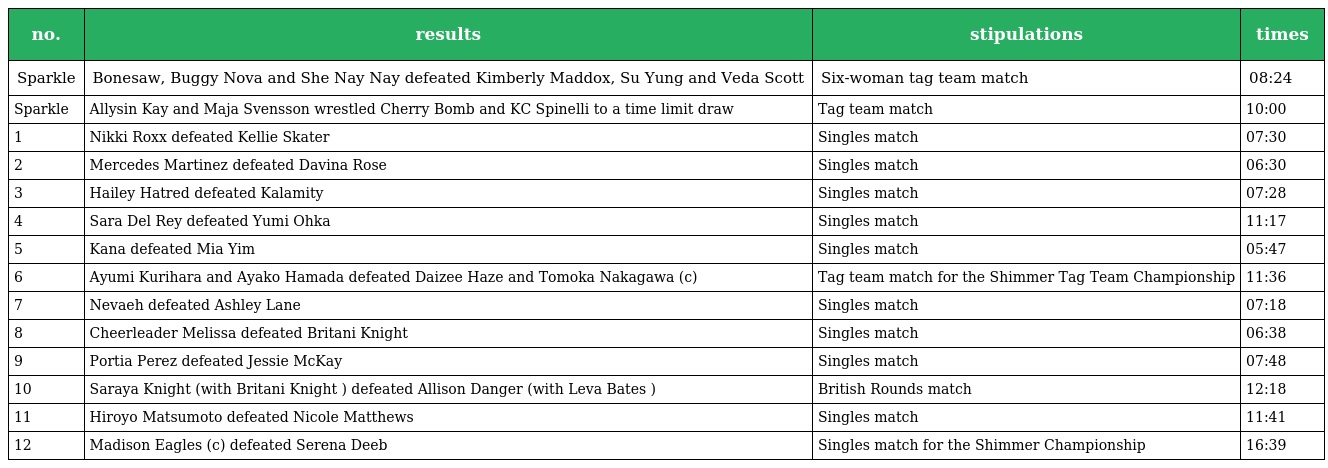
| no. | results | stipulations | times |
 | --- | --- | --- | --- |
 | Sparkle | Bonesaw, Buggy Nova and She Nay Nay defeated Kimberly Maddox, Su Yung and Veda Scott | Six-woman tag team match | 08:24 |
 | Sparkle | Allysin Kay and Maja Svensson wrestled Cherry Bomb and KC Spinelli to a time limit draw | Tag team match | 10:00 |
 | 1 | Nikki Roxx defeated Kellie Skater | Singles match | 07:30 |
 | 2 | Mercedes Martinez defeated Davina Rose | Singles match | 06:30 |
 | 3 | Hailey Hatred defeated Kalamity | Singles match | 07:28 |
 | 4 | Sara Del Rey defeated Yumi Ohka | Singles match | 11:17 |
 | 5 | Kana defeated Mia Yim | Singles match | 05:47 |
 | 6 | Ayumi Kurihara and Ayako Hamada defeated Daizee Haze and Tomoka Nakagawa (c) | Tag team match for the Shimmer Tag Team Championship | 11:36 |
 | 7 | Nevaeh defeated Ashley Lane | Singles match | 07:18 |
 | 8 | Cheerleader Melissa defeated Britani Knight | Singles match | 06:38 |
 | 9 | Portia Perez defeated Jessie McKay | Singles match | 07:48 |
 | 10 | Saraya Knight (with Britani Knight ) defeated Allison Danger (with Leva Bates ) | British Rounds match | 12:18 |
 | 11 | Hiroyo Matsumoto defeated Nicole Matthews | Singles match | 11:41 |
 | 12 | Madison Eagles (c) defeated Serena Deeb | Singles match for the Shimmer Championship | 16:39 |